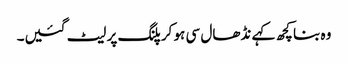
وہ بنا کچھ کہے نڈھال سی ہو کر پلنگ پر لیٹ گئیں۔